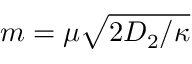
m = \mu \sqrt { 2 D _ { 2 } / \kappa }